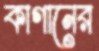
কাগানের